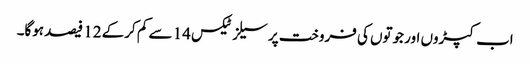
اب کپڑوں اور جوتوں کی فروخت پر سیلز ٹیکس 14 سے کم کرکے 12 فیصد ہوگا۔